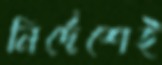
নির্দেশেই